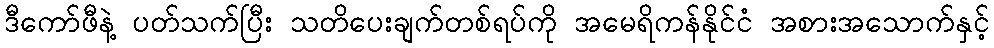
ဒီကော်ဖီနဲ့ ပတ်သက်ပြီး သတိပေးချက်တစ်ရပ်ကို အမေရိကန်နိုင်ငံ အစားအသောက်နှင့်